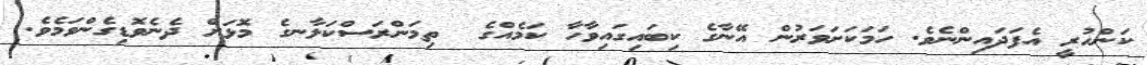
ކަންހުރީ އެފަދައިންނެވެ. ހަމަކަށަވަރުން އޭނާގެ ކިބައިގައިވާހާ ކަމެއްގެ  ތިމަންރަސްކަލާނގެ މޮޅަށް ދެނެވޮޑިގެންވަމެވެ.